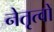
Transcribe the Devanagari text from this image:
नेतृत्वों